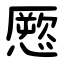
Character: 憠